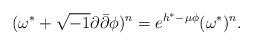
LaTeX: \begin{align*}(\omega^*+\sqrt{-1}\partial\bar\partial\phi)^n=e^{h^*-\mu\phi}(\omega^*)^n.\end{align*}